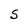
Character: S